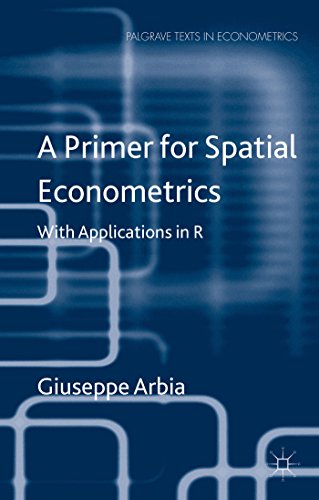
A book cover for A Primer for Spatial Econometrics: With Applications in R (Palgrave Texts in Econometrics); Giuseppe Arbia; Business & Money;